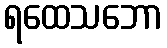
ရထေသဘော